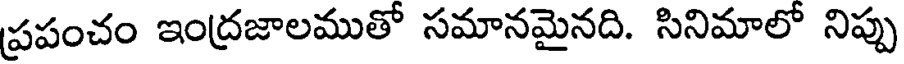
ప్రపంచం ఇంద్రజాలముతో సమానమైనది. సినిమాలో నిప్పు